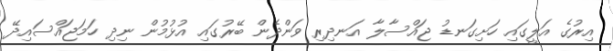
އިރުގެ އަލީގައި ހަށިގަނޑު ޖައްސާލާ އަނދިރި ވަންދެން ބޭރުގައި އުޅުމުން ނިދި ހަމަޖައްސައިދޭ